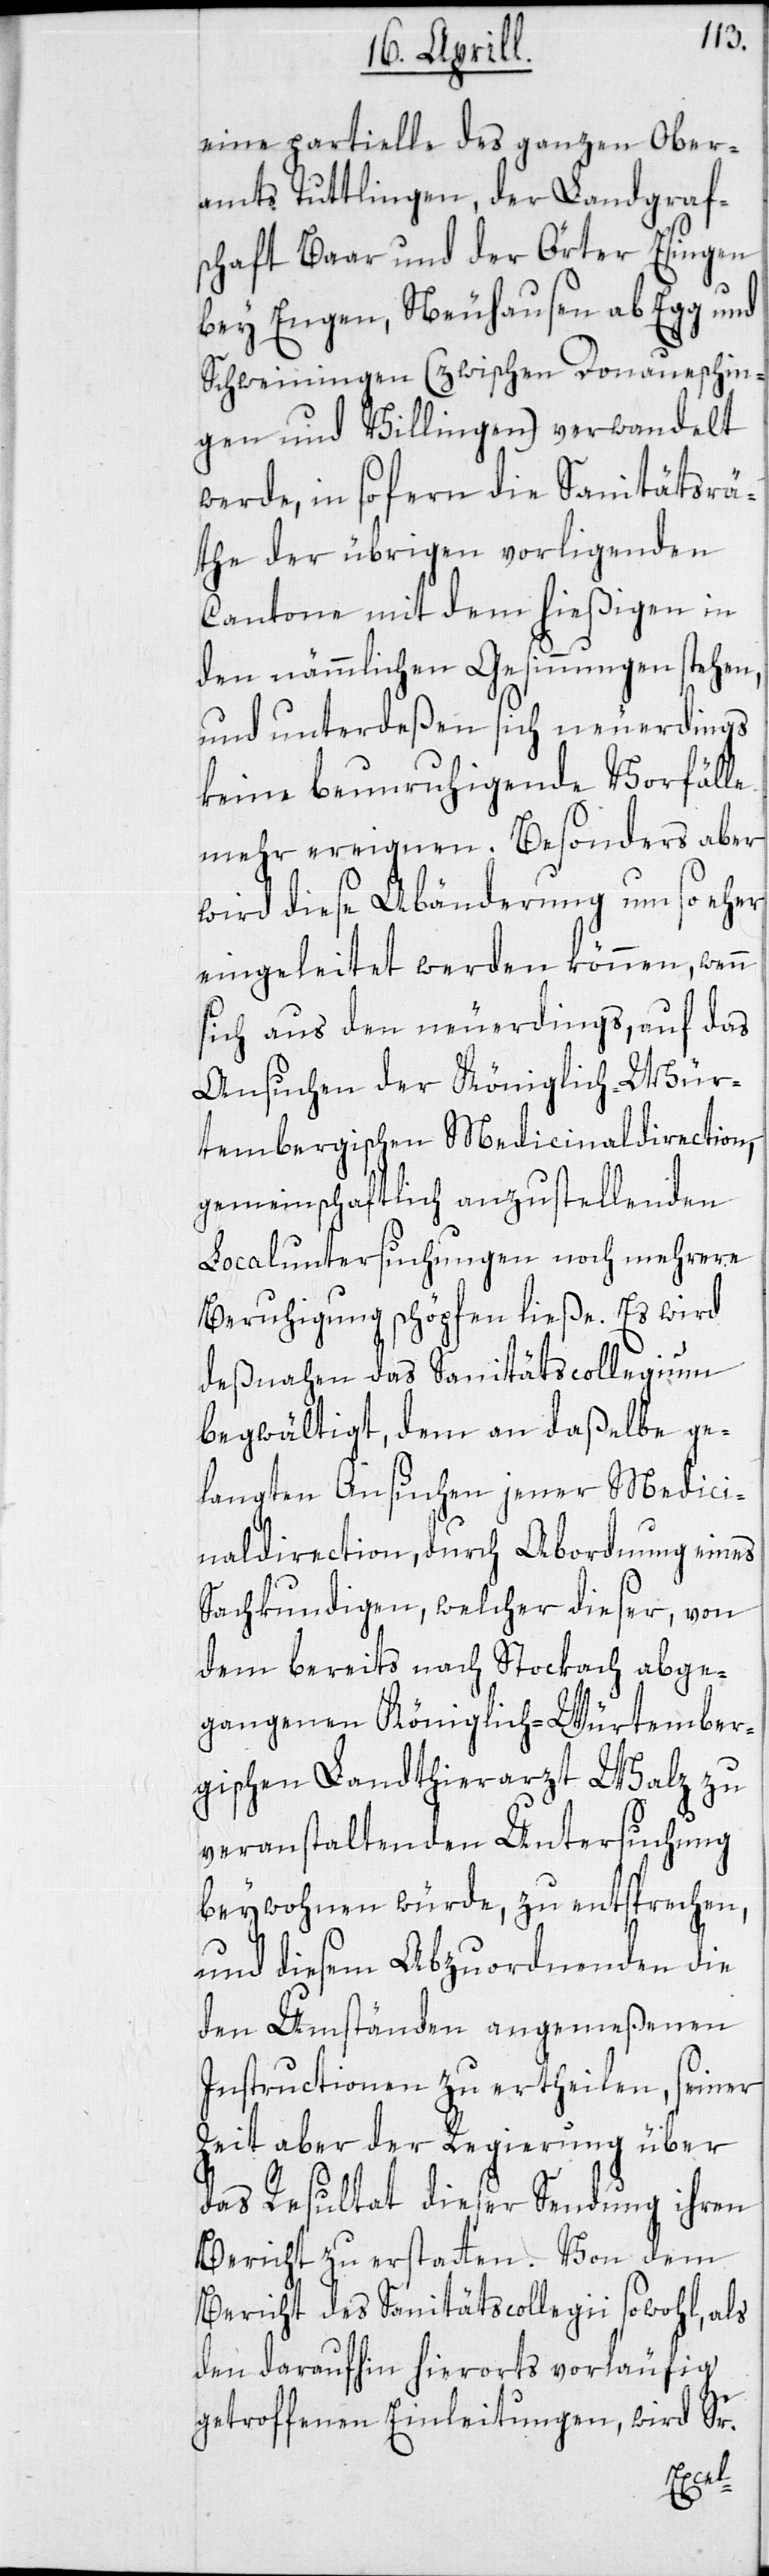
eine partielle des ganzen Ober¬
amts Tuttlingen, der Landgraf¬
schaft Baar und der Örter Esingen
bey Engen, Neuhausen ab Egg und
Schweiningen (zwischen Donaueschin¬
gen und Villingen) verwandelt
werde, in sofern die Sanitätsrä¬
the der übrigen vorligenden
Cantone mit dem hießigen in
den nämmlichen Gesinnungen stehen,
und unterdeßen sich neuerdings
keine beunruhigende Vorfälle
mehr ereignen. Besonders aber
wird diese Abänderung um so eher
eingeleitet werden können, wenn
sich aus den neuerdings, auf das
Ansuchen der Königlich-Wür¬
tembergischen Medicinaldirection,
gemeinschaftlich anzustellenden
Localuntersuchungen noch mehrere
Beruhigung schöpfen ließe. Es wird
deßnahen das Sanitätscollegium
begwältigt, dem an daßelbe ge¬
langten Ansuchen jener Medici¬
naldirection, durch Abordnung eines
Sachkundigen, welcher dieser, von
dem bereits nach Stockach abge¬
gangenen Königlich-Würtember¬
gischen Landthierarzt Walz zu
veranstaltenden Untersuchung
beywohnen würde, zu entsprechen,
und diesem Abzuordnenden die
den Umständen angemeßenen
Instructionen zu ertheilen, seiner
Zeit aber der Regierung über
das Resultat dieser Sendung ihren
Bericht zu erstatten. Von dem
Bericht des Sanitätscollegii sowohl, als
den daraufhin hierorts vorläufig
getroffenen Einleitungen, wird Sr.